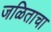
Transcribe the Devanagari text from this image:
जळिताचा